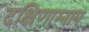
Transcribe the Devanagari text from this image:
दक्षिणाम्नाय